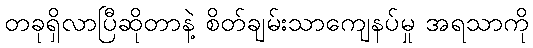
တခုရှိလာပြီဆိုတာနဲ့ စိတ်ချမ်းသာကျေနပ်မှု အရသာကို